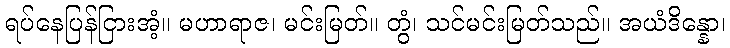
ရပ်နေပြန်ငြားအံ့။ မဟာရာဇ၊ မင်းမြတ်။ တွံ၊ သင်မင်းမြတ်သည်။ အယံဒိန္နော၊